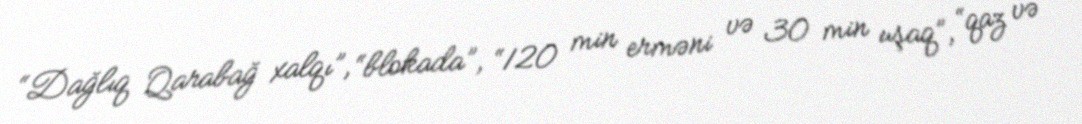
“Dağlıq Qarabağ xalqı”, “blokada”, “120 min erməni və 30 min uşaq”, “qaz və